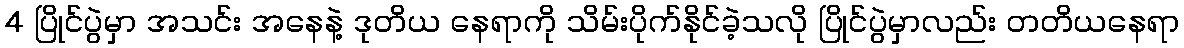
4 ပြိုင်ပွဲမှာ အသင်း အနေနဲ့ ဒုတိယ နေရာကို သိမ်းပိုက်နိုင်ခဲ့သလို ပြိုင်ပွဲမှာလည်း တတိယနေရာ